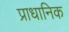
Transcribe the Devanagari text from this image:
प्राधानिक